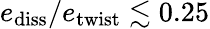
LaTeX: e_{\mathrm{diss}}/e_{\mathrm{twist}}\lesssim 0.25